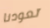
تعودنا